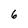
Character: 6